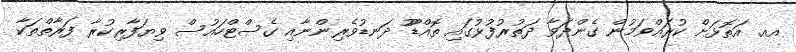
އއ. އަތޮޅަށް ކުރައްވަމުން ގެންދަވާ ދަތުރުފުޅުގައި ތޮއްޑޫޫ ދަނޑުވެރިންނާއި ގެސްޓްހައުސް ވިޔަފާރިކުރާ ފަރާތްތަކާ